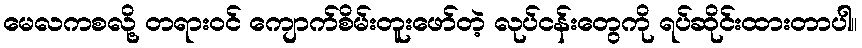
မေလကစလို့ တရားဝင် ကျောက်စိမ်းတူးဖော်တဲ့ လုပ်ငန်းတွေကို ရပ်ဆိုင်းထားတာပါ။